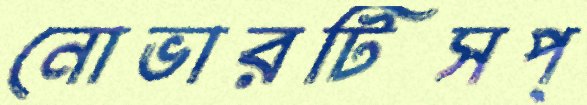
নোভারটিসপ্